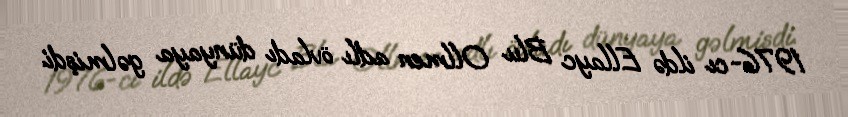
1976-cı ildə Ellayc Blu Ollmen adlı övladı dünyaya gəlmişdi.